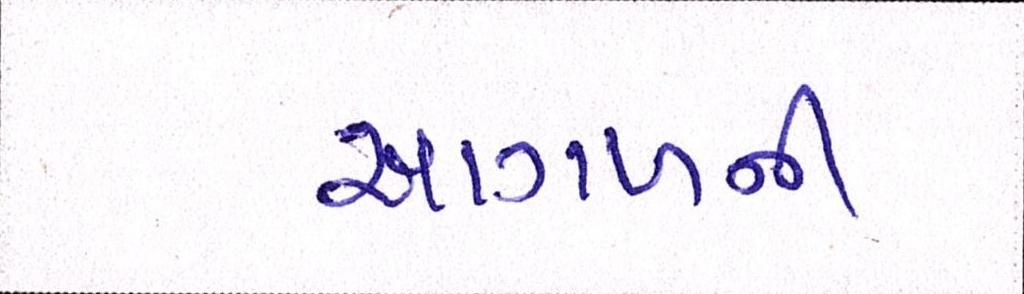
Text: આગળની